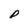
Character: p